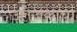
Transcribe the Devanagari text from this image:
उत्तेजकांचा